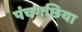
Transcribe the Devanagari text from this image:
पंचगछिया